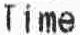
TIME